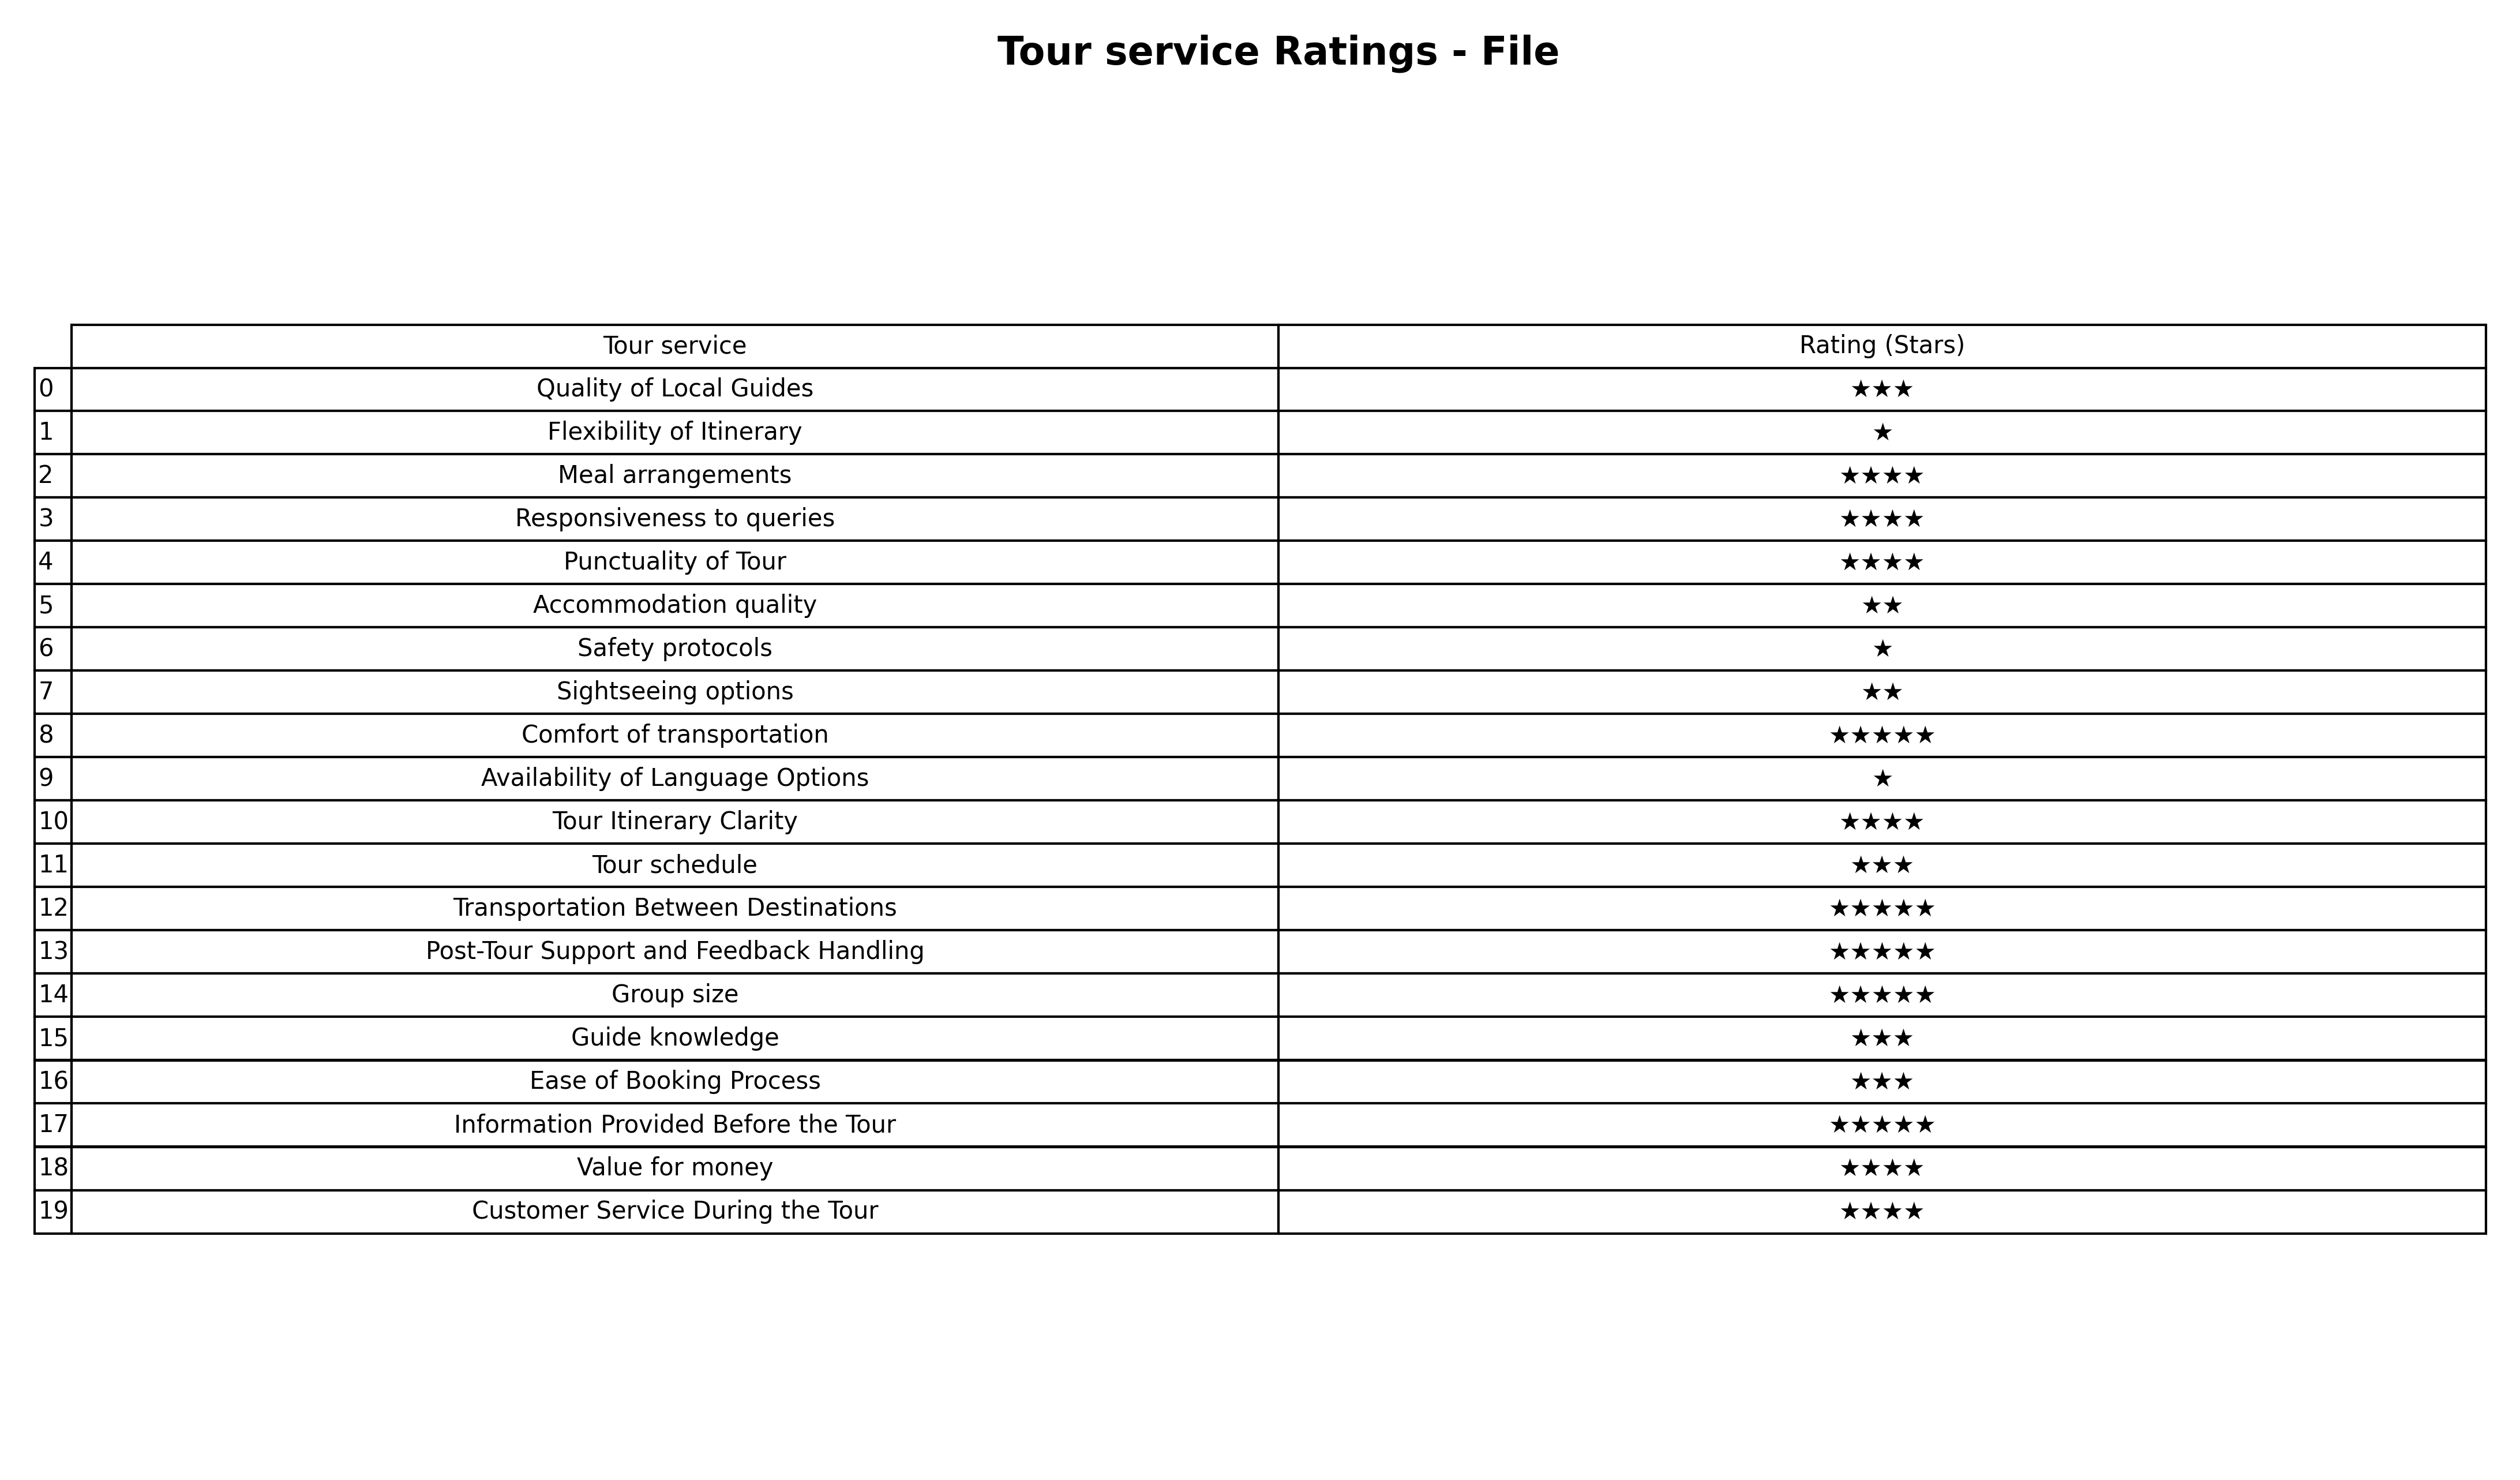
question: What are lowest rating services?
answer: Accommodation qualitySightseeing options